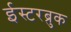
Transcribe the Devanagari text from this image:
ईस्टरब्रुक